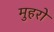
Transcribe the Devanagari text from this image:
मुहरो